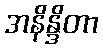
အနိန္ဒိတာ